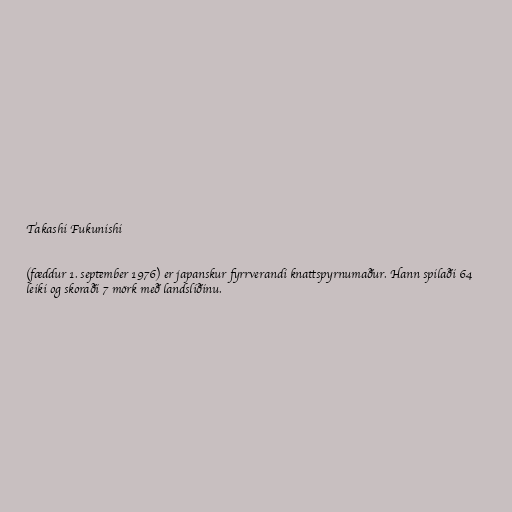
Takashi Fukunishi

(fæddur 1. september 1976) er japanskur fyrrverandi knattspyrnumaður. Hann spilaði 64
leiki og skoraði 7 mörk með landsliðinu.